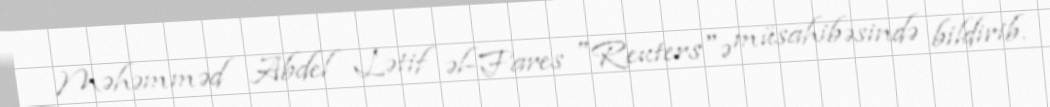
Məhəmməd Abdel Lətif əl-Fares "Reuters"ə müsahibəsində bildirib.